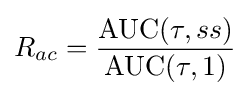
R_{ac}={\frac {\operatorname {AUC} (\tau ,ss)}{\operatorname {AUC} (\tau ,1)}}